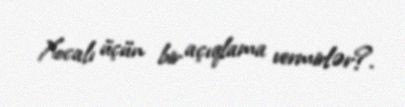
Xocalı üçün bir açıqlama vermirlər?.